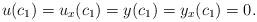
LaTeX: \begin{align*}u(c_1)=u_x(c_1)=y(c_1)=y_x(c_1)=0.\end{align*}